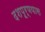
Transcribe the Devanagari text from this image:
दशपूर्णयास